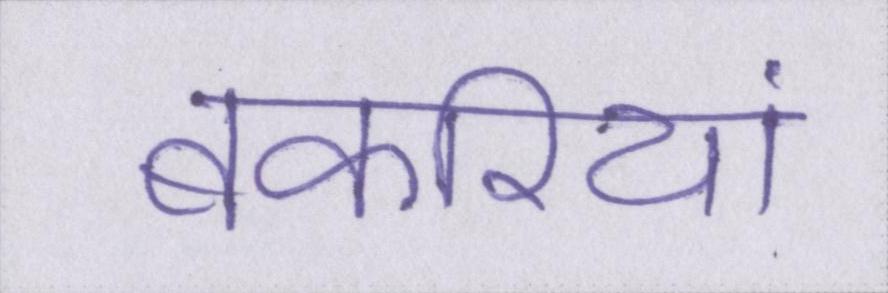
बकरियां